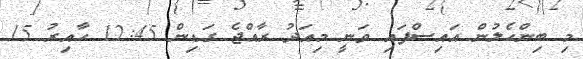
މި ބިންހެލުން އައިސްފައި ވަނީ މިއަދު ރާއްޖެ ގަޑިން 12:45 ހާއިރު 15